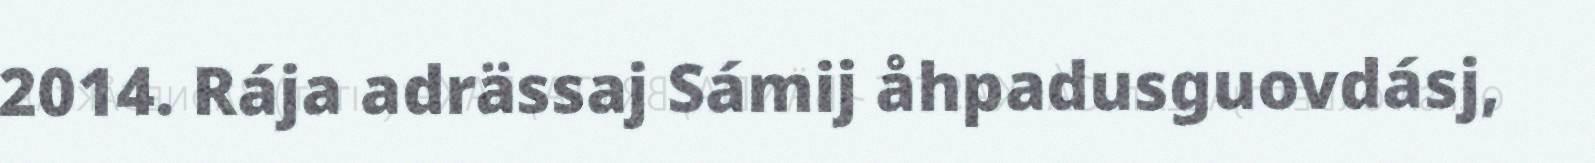
2014. Rája adrässaj Sámij åhpadusguovdásj,